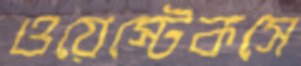
ওয়েস্টেকসে